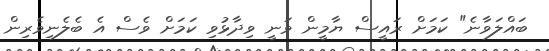
ބައްލަވާނެ" ކަމަށް ރައީސް ޔާމީން ވަނީ ވިދާޅުވި ކަމަށް ވެސް އެ ބެލެނިވެރިން